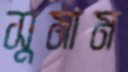
সুমাম